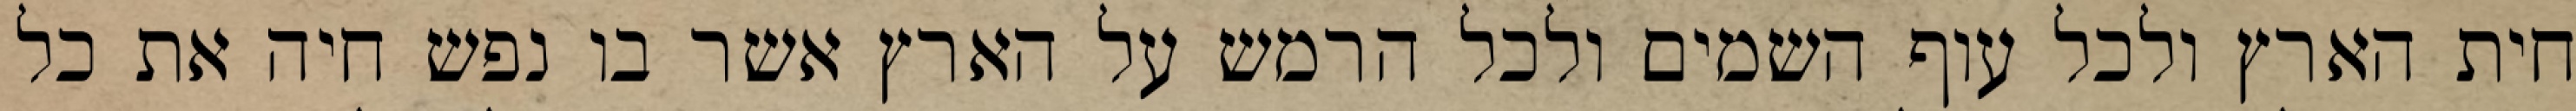
חית הארץ ולכל עוף השמים ולכל הרמש על הארץ אשר בו נפש חיה את כל